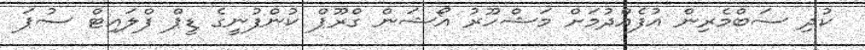
ކުދި ސަބްމެރިން އުފެއްދުމަށް މަޝްހޫރު އޯޝަން ގްރޫޕް ކުންފުނީގެ ޑީޕް ފްލައިޓް ސުޕަ